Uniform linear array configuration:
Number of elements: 32
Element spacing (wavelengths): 1
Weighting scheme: exponential
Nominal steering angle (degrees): -60
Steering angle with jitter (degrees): -59.142
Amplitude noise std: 0.05
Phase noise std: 0.05

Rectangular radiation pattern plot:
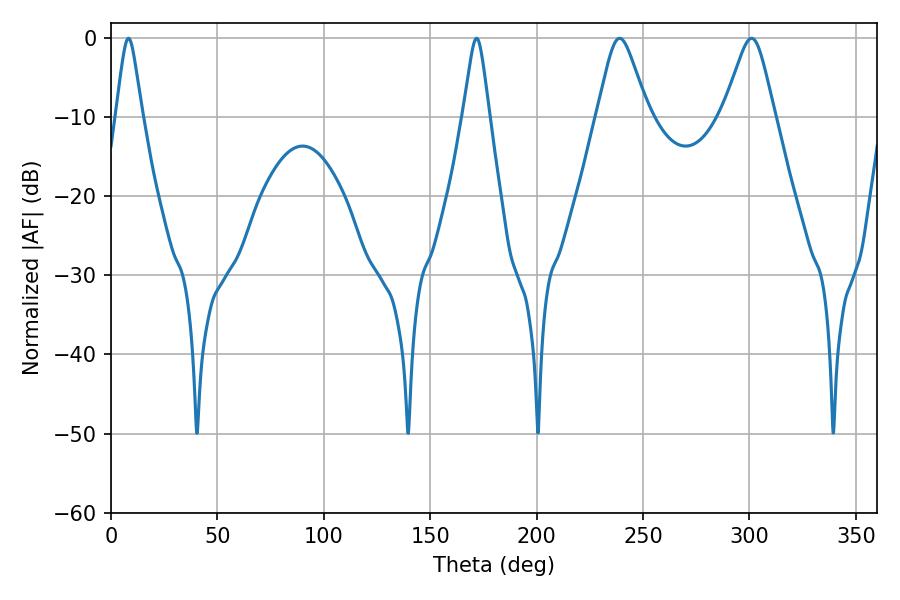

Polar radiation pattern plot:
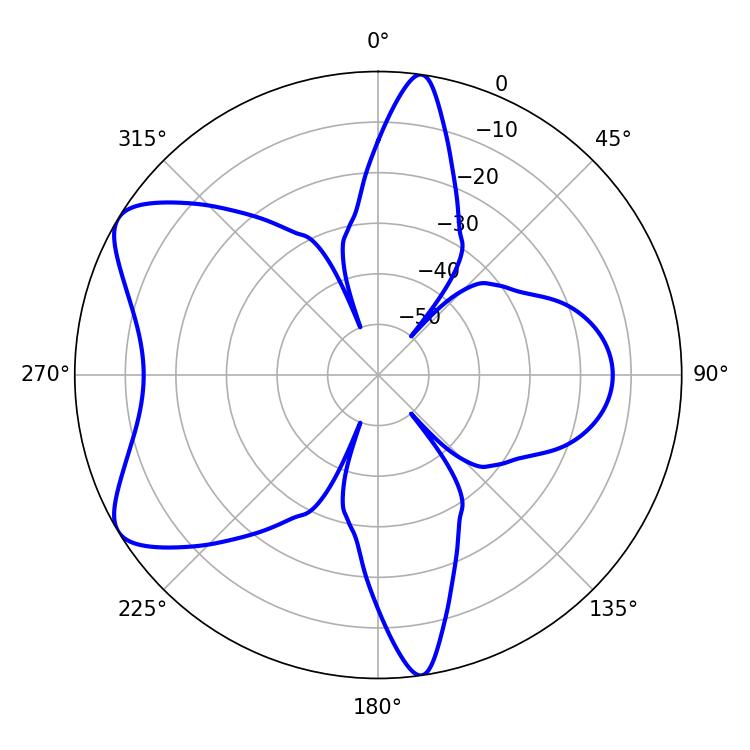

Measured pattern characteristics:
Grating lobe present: TRUE
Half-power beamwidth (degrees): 11.52
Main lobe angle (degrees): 239.04